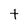
Character: t